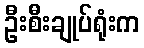
ဦးစီးချုပ်ရုံးက